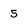
Character: 5